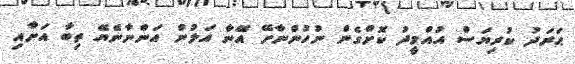
ޙަރަދު ކުރިޔަސް އުއްމީދު ކޮށްގެން ނުހުންނާށޭ އޭނާ އަލުން އަންނާނެޔޭ ތިބާ އަށާއި